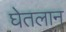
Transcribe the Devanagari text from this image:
घेतलान